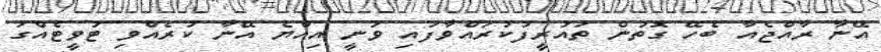
އޭނާ ރާއްޖެއާ ބެހޭ ގޮތުން ތައުރީފުކުރައްވާފައި ވަނީ އިއްޔެ އޭނާ ކުރެއްވި ޓުވީޓެއްގަ